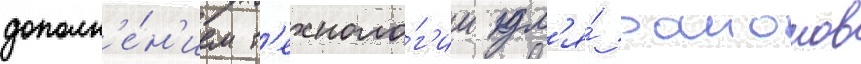
дополн'е́н'ием т'ехноло́г'ии дл'я́ раионов